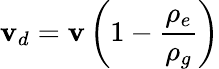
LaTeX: \mathbf{v}_{d}=\mathbf{v}\left(1-{\frac{{\rho_{e}}}{{\rho_{g}}}}\right)